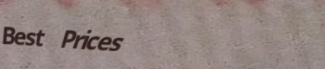
Best Prices